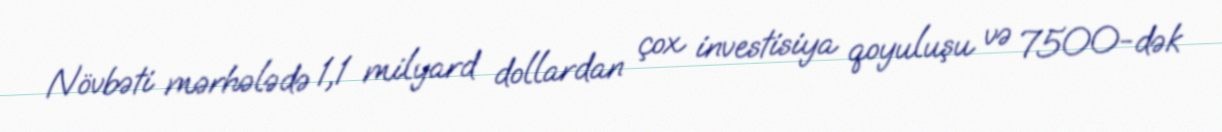
Növbəti mərhələdə 1,1 milyard dollardan çox investisiya qoyuluşu və 7500-dək